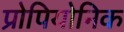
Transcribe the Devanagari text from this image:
प्रोपियोनिक